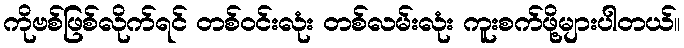
ကိုဗစ်ဖြစ်လိုက်ရင် တစ်ဝင်းလုံး တစ်လမ်းလုံး ကူးစက်ဖို့များပါတယ်။